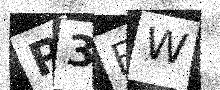
Text: P3EW